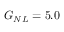
G _ { N L } = 5 . 0